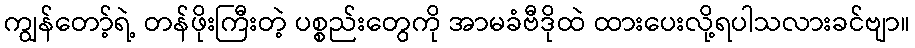
ကျွန်တော့်ရဲ့ တန်ဖိုးကြီးတဲ့ ပစ္စည်းတွေကို အာမခံဗီဒိုထဲ ထားပေးလို့ရပါသလားခင်ဗျာ။